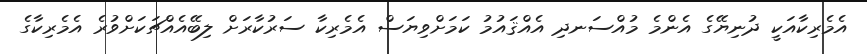
އެމެރިކާއަކީ ދުނިޔޭގެ އެންމެ މުއްސަނދި އެއްޤައުމު ކަމަށްވިޔަސް އެމެރިކާ ސަރުކާރަށް ލިބޭއެއްޗަކަށްވުރެ އެމެރިކާގެ